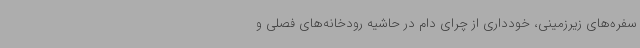
سفره‌های زیرزمینی، خودداری از چرای دام در حاشیه رودخانه‌های فصلی و